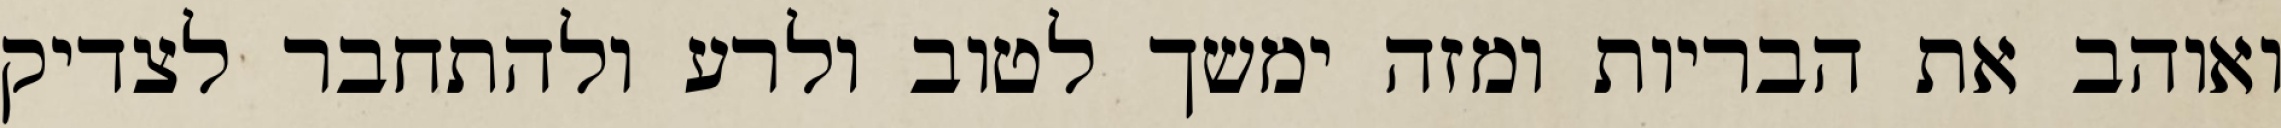
ואוהב את הבריות ומזה ימשך לטוב ולרע ולהתחבר לצדיק